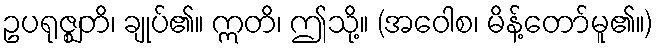
ဥပရုဇ္ဈတိ၊ ချုပ်၏။ ဣတိ၊ ဤသို့။ (အဝေါစ၊ မိန့်တော်မူ၏။)